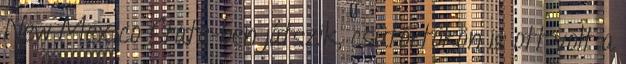
New Mexico State-ben játszik, csütörtökön is ott volt a